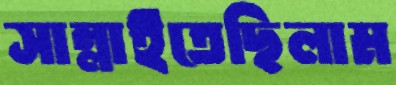
সাম্‌লাইতেছিলাম